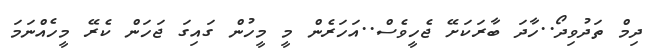
ދިމް ތަދުވިދޯ..ހާދަ ބާރަކަށޭ ޖެހީވެސް..އަހަރެން މީ މީހުން ގައިގަ ޖަހަން ކެރޭ މީހެއްނަމަ